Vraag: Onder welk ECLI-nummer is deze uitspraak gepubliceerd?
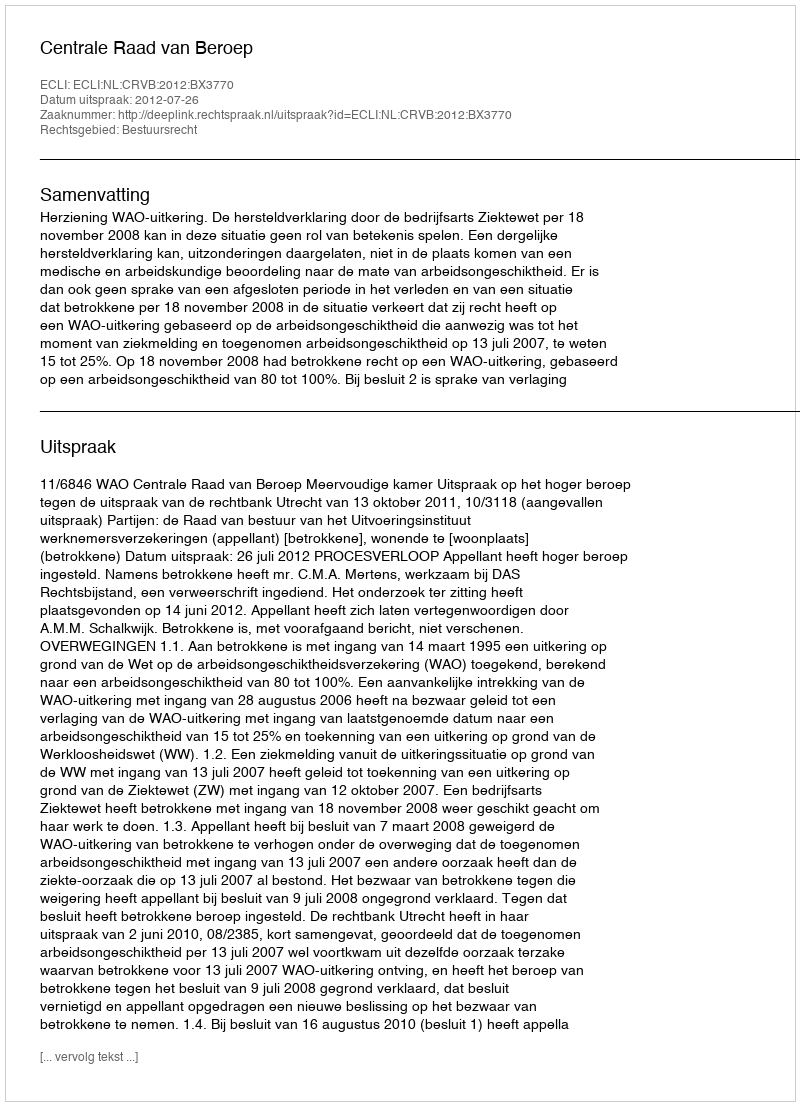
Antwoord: ECLI:NL:CRVB:2012:BX3770